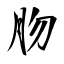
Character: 肳